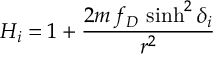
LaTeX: H _ { i } = 1 + { \frac { 2 m \, f _ { D } \, \sinh ^ { 2 } \delta _ { i } } { r ^ { 2 } } }